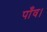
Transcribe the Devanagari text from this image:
पाँव।